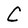
Character: C